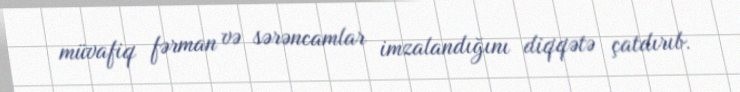
müvafiq fərman və sərəncamlar imzalandığını diqqətə çatdırıb.